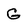
Character: G